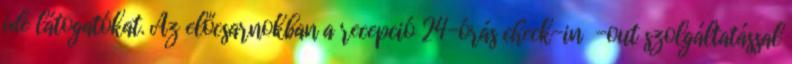
ide látogatókat. Az előcsarnokban a recepció 24-órás check-in -out szolgáltatással